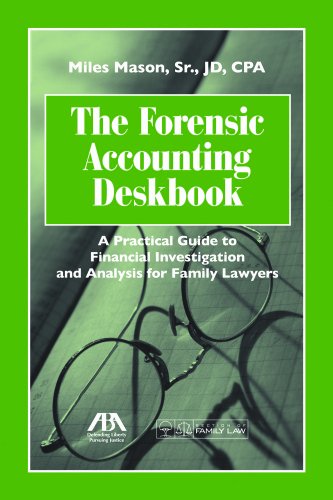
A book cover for The Forensic Accounting Deskbook: A Practical Guide to Financial Investigation and Analysis for Family Lawyers; Miles Mason Sr.; Law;